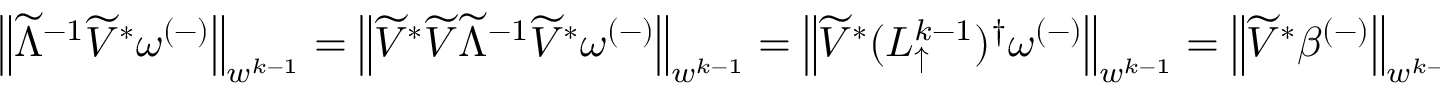
\begin{array} { r } { \left\lVert \widetilde { \Lambda } ^ { - 1 } \widetilde { V } ^ { * } \omega ^ { ( - ) } \right\rVert _ { w ^ { k - 1 } } = \left\lVert \widetilde { V } ^ { * } \widetilde { V } \widetilde { \Lambda } ^ { - 1 } \widetilde { V } ^ { * } \omega ^ { ( - ) } \right\rVert _ { w ^ { k - 1 } } = \left\lVert \widetilde { V } ^ { * } ( L _ { \uparrow } ^ { k - 1 } ) ^ { \dagger } \omega ^ { ( - ) } \right\rVert _ { w ^ { k - 1 } } = \left\lVert \widetilde { V } ^ { * } \beta ^ { ( - ) } \right\rVert _ { w ^ { k - 1 } } . } \end{array}